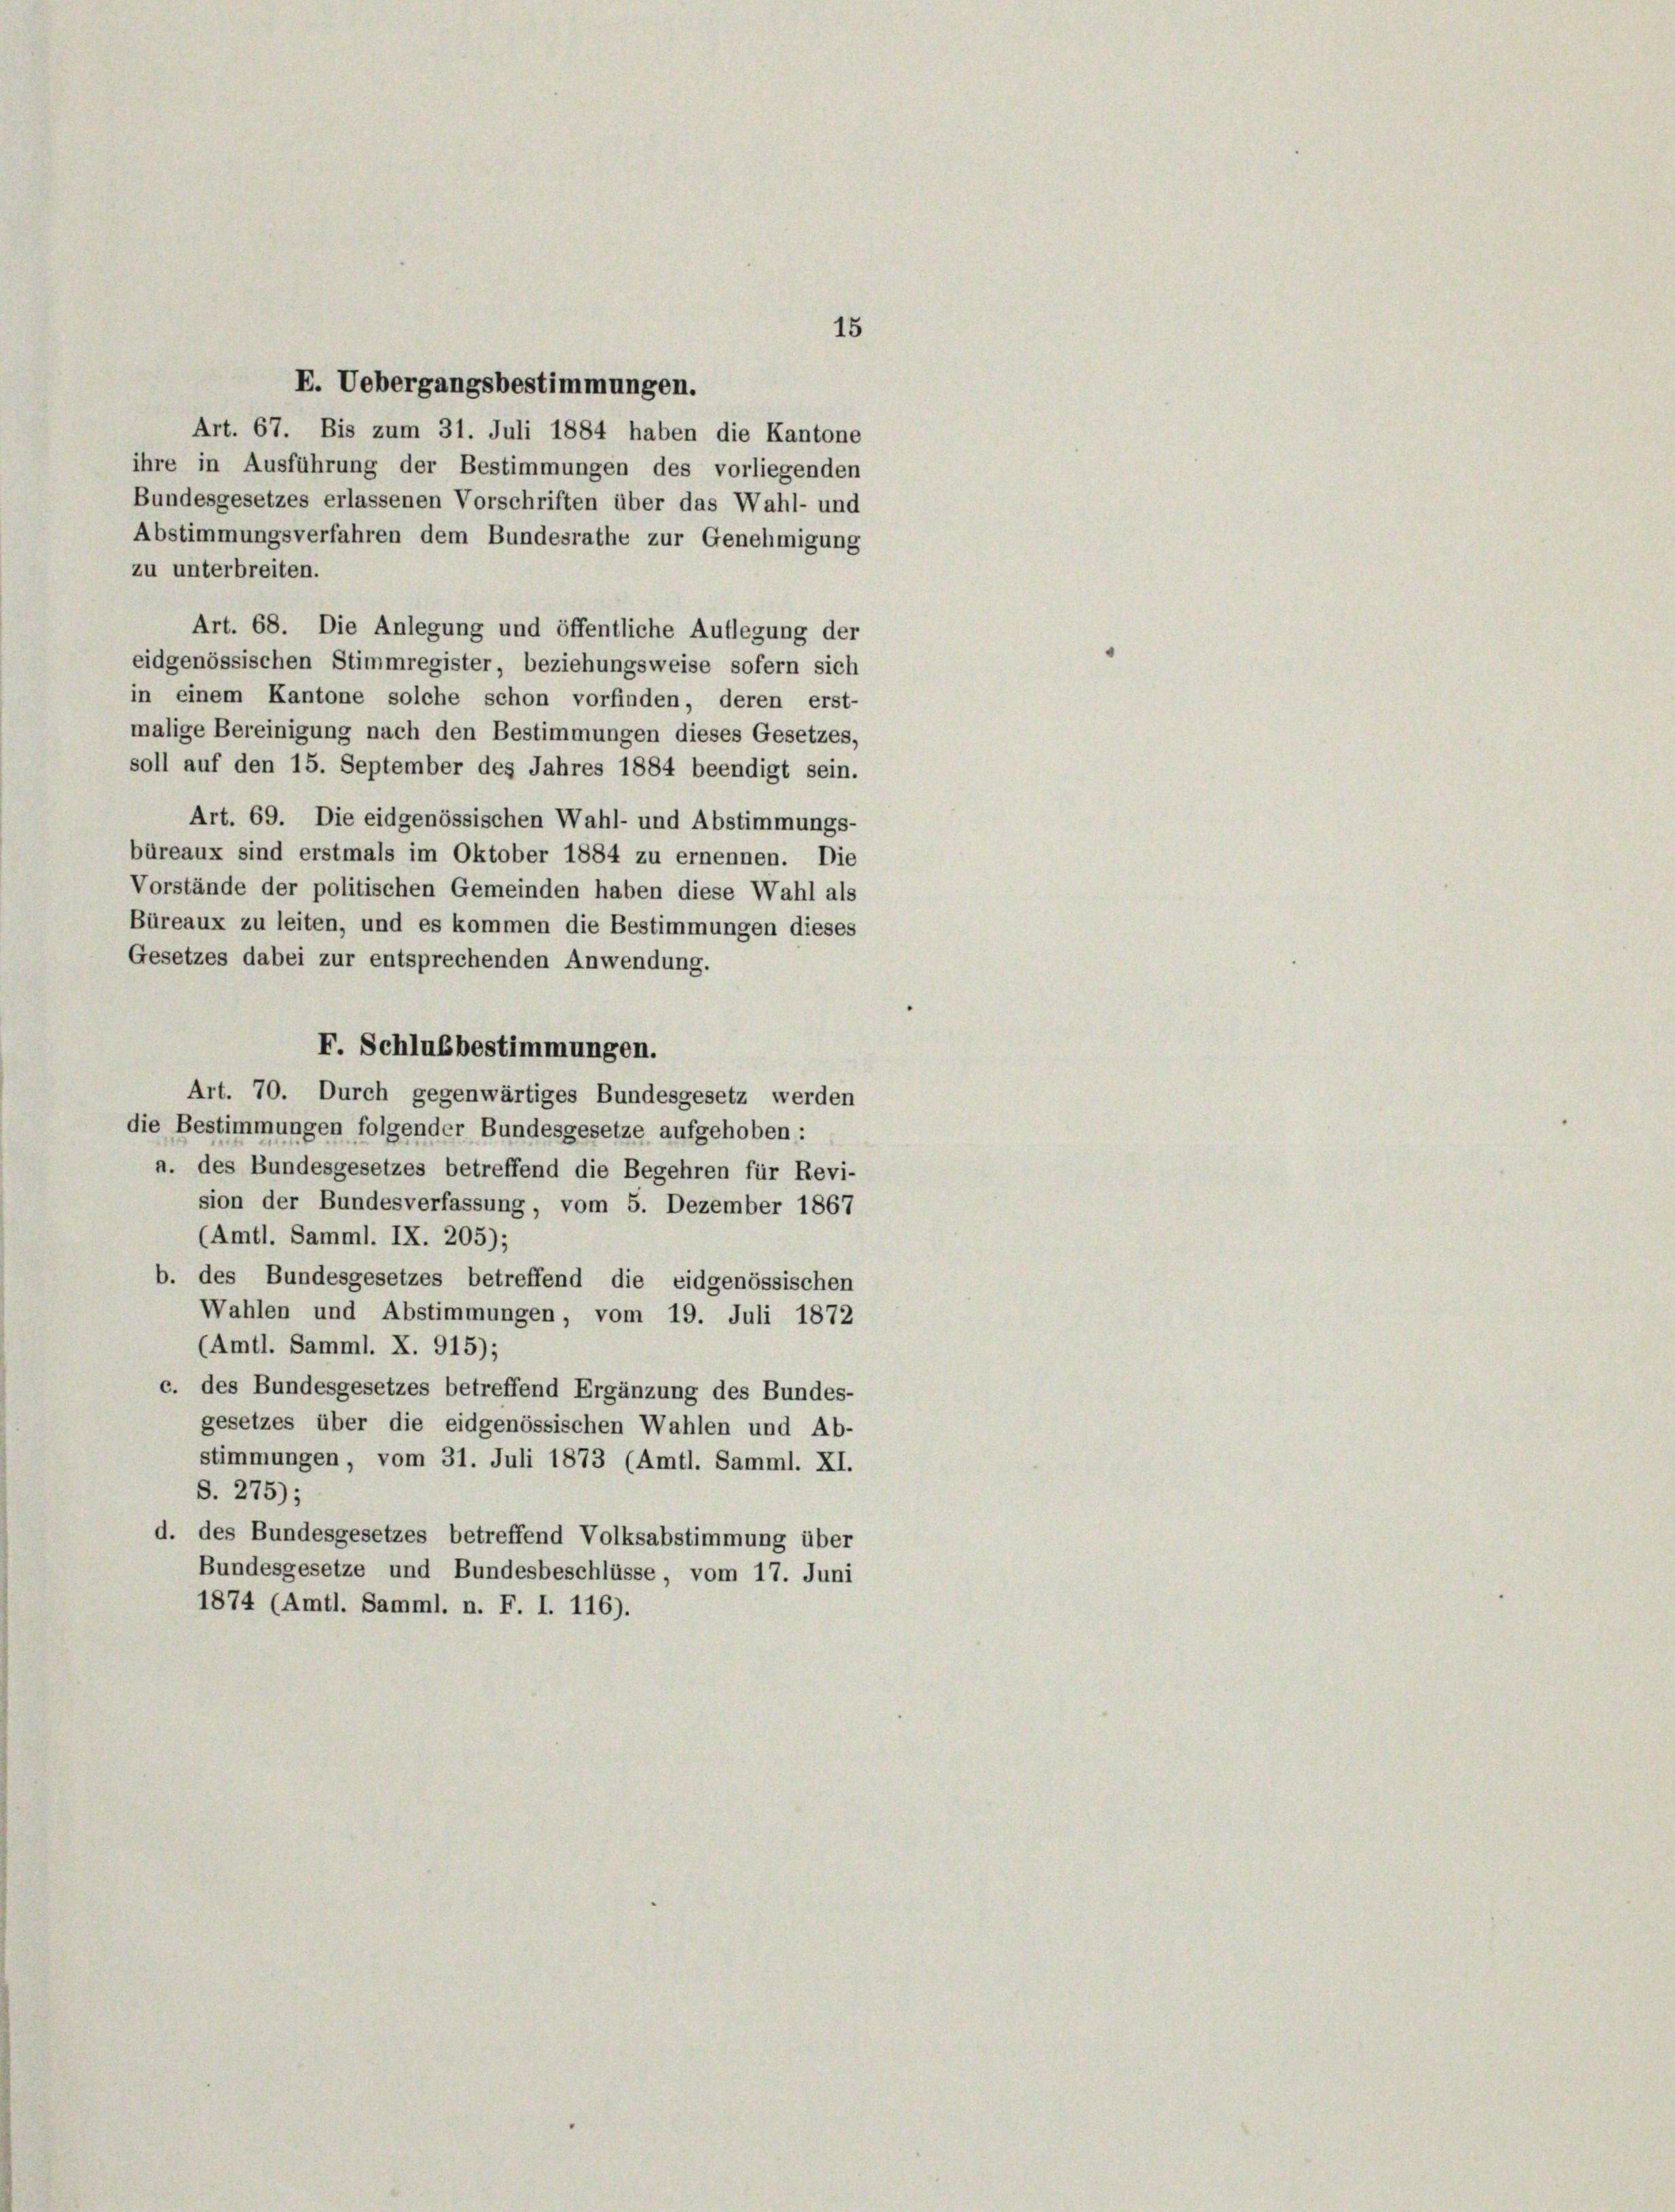
15

E. Uebergangsbestimmungen.
Art. 67. Bis zum 31. Juli 1884 haben die Kantone
ihre in Ausführung der Bestimmungen des vorliegenden
Bundesgesetzes erlassenen Vorschriften über das Wahl- und
Abstimmungsverfahren dem Bundesrathe zur Genehmigung
zu unterbreiten.
Art. 68. Die Anlegung und öffentliche Auflegung der
eidgenössischen Stimmregister, beziehungsweise sofern sich
in einem Kantone solche schon vorfinden, deren erst-
malige Bereinigung nach den Bestimmungen dieses Gesetzes,
soll auf den 15. September des Jahres 1884 beendigt sein.
Art. 69. Die eidgenössischen Wahl- und Abstimmungs-
büreaux sind erstmals im Oktober 1884 zu ernennen. Die
Vorstände der politischen Gemeinden haben diese Wahl als
Büreaux zu leiten, und es kommen die Bestimmungen dieses
Gesetzes dabei zur entsprechenden Anwendung.
F. Schlußbestimmungen.
Art. 70. Durch gegenwärtiges Bundesgesetz werden
die Bestimmungen folgender Bundesgesetze aufgehoben :
a. des Bundesgesetzes betreffend die Begehren für Revi-
sion der Bundesverfassung, vom 5. Dezember 1867
(Amtl. Samml. IX. 205);
b. des Bundesgesetzes betreffend die eidgenössischen
Wahlen und Abstimmungen, vom 19. Juli 1872
Amtl. Samml. X. 915);
c. des Bundesgesetzes betreffend Ergänzung des Bundes-
gesetzes über die eidgenössischen Wahlen und Ab-
stimmungen, vom 31. Juli 1873 (Amtl. Samml. XI.
S. 275):
d. des Bundesgesetzes betreffend Volksabstimmung über
Bundesgesetze und Bundesbeschlüsse, vom 17. Juni
1874 (Amtl. Samml. n. F. I. 116).